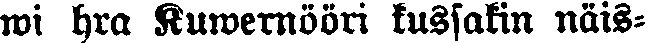
wi hra Kuwernööri kussakin näis-